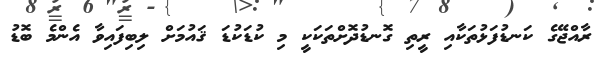
ރާއްޖޭގެ ކަނޑުފަޅުތަކާއި ރީތި ގޮނޑުދޮށްތަކަކީ މި ކުޑަކުޑަ ޤައުމަށް ލިބިފައިވާ އެންމެ ބޮޑު